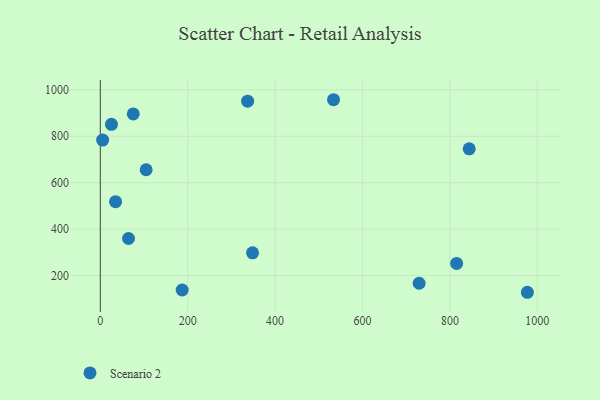
{"axis": {"x": "Price", "y": "Fuel Efficiency"}, "legend": ["Scenario 2"], "data": [{"x": "815.4", "y": 252.2, "type": "Scenario 2"}, {"x": "25.5", "y": 851.5, "type": "Scenario 2"}, {"x": "34.9", "y": 518.3, "type": "Scenario 2"}, {"x": "348.4", "y": 298.0, "type": "Scenario 2"}, {"x": "104.9", "y": 655.8, "type": "Scenario 2"}, {"x": "64.6", "y": 359.6, "type": "Scenario 2"}, {"x": "844.2", "y": 745.9, "type": "Scenario 2"}, {"x": "75.4", "y": 896.5, "type": "Scenario 2"}, {"x": "729.6", "y": 166.6, "type": "Scenario 2"}, {"x": "5.3", "y": 783.8, "type": "Scenario 2"}, {"x": "533.7", "y": 957.5, "type": "Scenario 2"}, {"x": "187.4", "y": 137.6, "type": "Scenario 2"}, {"x": "337.1", "y": 951.4, "type": "Scenario 2"}, {"x": "977.3", "y": 127.8, "type": "Scenario 2"}]}